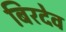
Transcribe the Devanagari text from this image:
बिरदेव